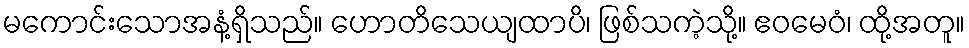
မကောင်းသောအနံ့ရှိသည်။ ဟောတိသေယျထာပိ၊ ဖြစ်သကဲ့သို့။ ဧဝမေဝံ၊ ထို့အတူ။